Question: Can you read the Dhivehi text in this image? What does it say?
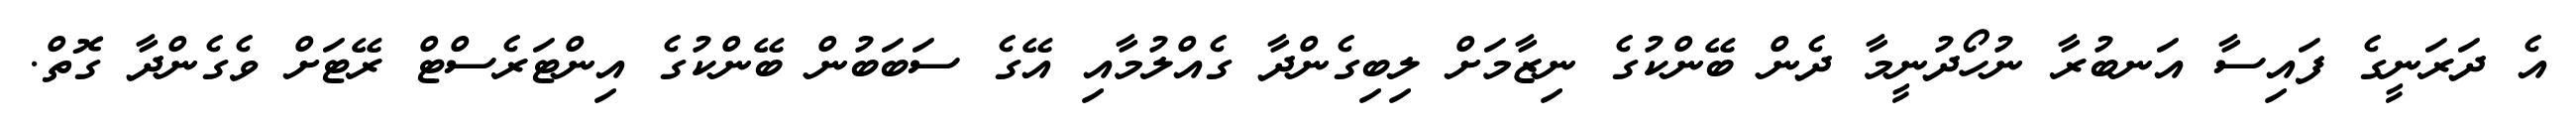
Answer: އެ ދަރަނީގެ ފައިސާ އަނބުރާ ނުހޯދުނީމާ ދެން ބޭންކުގެ ނިޒާމަށް ލިބިގެންދާ ގެއްލުމާއި އޭގެ ސަބަބުން ބޭންކުގެ އިންޓަރެސްޓް ރޭޓަށް ވެގެންދާ ގޮތް.